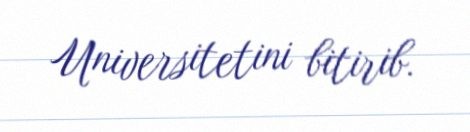
Universitetini bitirib.